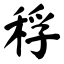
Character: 稃